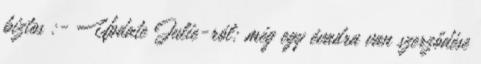
biztos :- Update Julie-ról: még egy évadra van szerződése